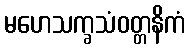
မဟေသက္ခသံဝတ္တနိကံ